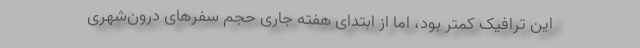
این ترافیک کمتر بود، اما از ابتدای هفته جاری حجم سفرهای درون‌شهری